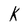
Character: K